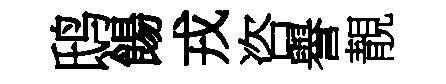
鸱餳戎咨譽靚